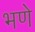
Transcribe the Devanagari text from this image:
भणे